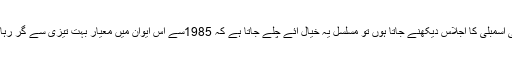
قومی اسمبلی کا اجلاس دیکھنے جاتا ہوں تو مسلسل یہ خیال آئے چلے جاتا ہے کہ 1985سے اس ایوان میں معیار بہت تیزی سے گر رہا ہے۔